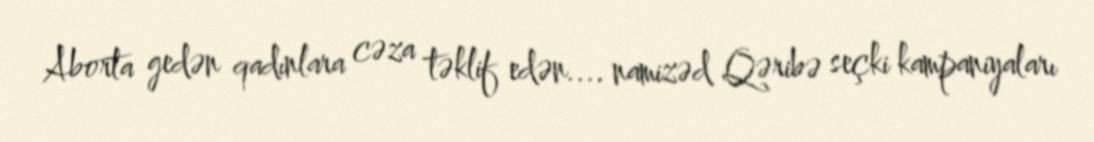
Aborta gedən qadınlara cəza təklif edən.... namizəd Qəribə seçki kampaniyaları